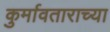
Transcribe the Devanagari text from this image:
कुर्मावताराच्या